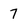
Character: 7